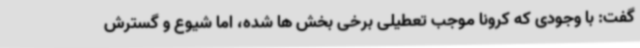
گفت: با وجودی که کرونا موجب تعطیلی برخی بخش ها شده، اما شیوع و گسترش